Report on vaccination in Madras 1895-1903 - 1895-1903
Year: 1895
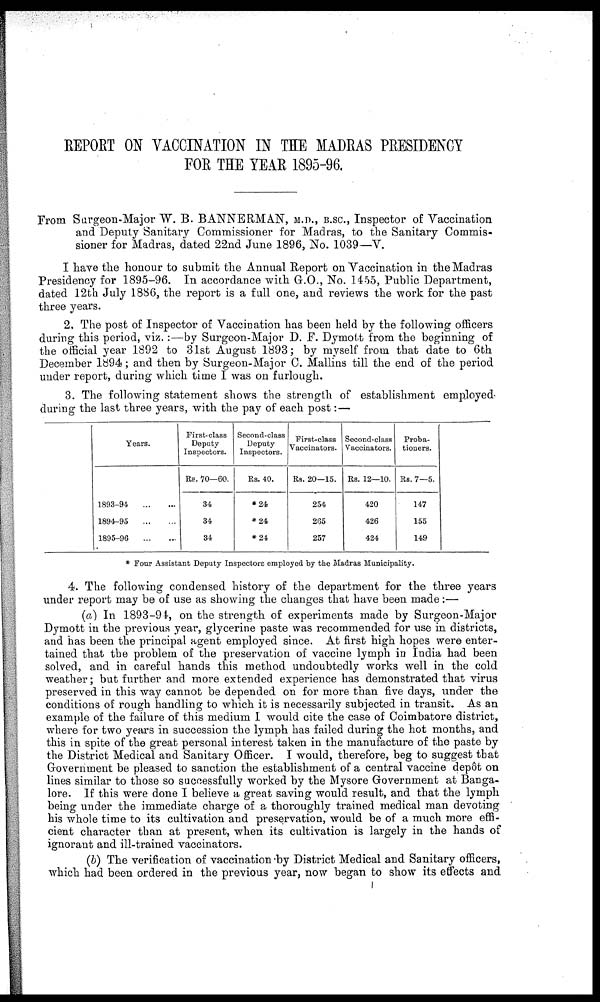
REPORT ON VACCINATION IN THE MADRAS PRESIDENCY
FOR THE YEAR 1895-96.
From Surgeon-Major W. B. BANNERMAN, M.D., B.SC., Inspector of Vaccination
and Deputy Sanitary Commissioner for Madras, to the Sanitary Commis-
sioner for Madras, dated 22nd June 1896, No. 1039—V.
I have the honour to submit the Annual Report on Vaccination in the Madras
Presidency for 1895-96. In accordance with G.O., No. 1455, Public Department,
dated 12th July 1886, the report is a full one, and reviews the work for the past
three years.
2. The post of Inspector of Vaccination has been held by the following officers
during this period, viz.:—by Surgeon-Major D. F. Dymott from the beginning of
the official year 1892 to 31st August 1893; by myself from that date to 6th
December 1894; and then by Surgeon-Major C. Mallins till the end of the period
under report, during which time I was on furlough.
3. The following statement shows the strength of establishment employed-
during the last three years, with the pay of each post:—
Years.
1893-94
...
...
1894-95
...
...
1895-96
...
...
First-class
Deputy
Inspectors.
Re. 70—60.
34
34
34
Second-class
Deputy
Inspectors.
Rs. 40.
*24
*24
*24
First-class
Vaccinators.
Rs. 20—15.
254
265
257
Second-class
Vaccinators.
Rs. 12—10.
420
426
424
Proba-
tioners.
Rs. 7—5.
147
155
149
* Four Assistant Deputy Inspectors employed by the Madras Municipality.
4. The following condensed history of the department for the three years
under report may be of use as showing the changes that have been made:—
(a) In 1893-94, on the strength of experiments made by Surgeon-Major
Dymott in the previous year, glycerine paste was recommended for use in districts,
and has been the principal agent employed since. At first high hopes were enter-
tained that the problem of the preservation of vaccine lymph in India had been
solved, and in careful hands this method undoubtedly works well in the cold
weather; but further and more extended experience has demonstrated that virus
preserved in this way cannot be depended on for more than five days, under the
conditions of rough handling to which it is necessarily subjected in transit. As an
example of the failure of this medium I would cite the case of Coimbatore district,
where for two years in succession the lymph has failed during the hot months, and
this in spite of the great personal interest taken in the manufacture of the paste by
the District Medical and Sanitary Officer. I would, therefore, beg to suggest that
Government be pleased to sanction the establishment of a central vaccine depôt on
lines similar to those so successfully worked by the Mysore Government at Banga-
lore. If this were done I believe a great saving would result, and that the lymph
being under the immediate charge of a thoroughly trained medical man devoting
his whole time to its cultivation and preservation, would be of a much more effi-
cient character than at present, when its cultivation is largely in the hands of
ignorant and ill-trained vaccinators.
(b) The verification of vaccination by District Medical and Sanitary officers,
which had been ordered in the previous year, now began to show its effects and